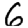
Digit: 6